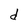
Character: d